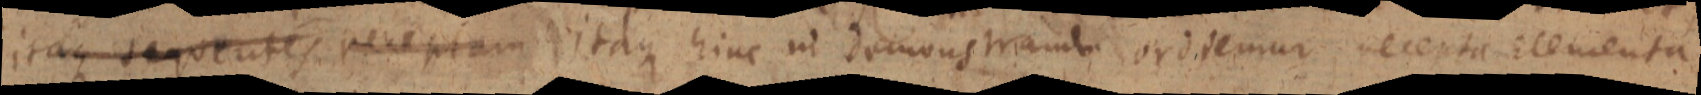
itaque sequentes receptam itaque hinc in demonstrantu ordemur recepta clementa